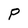
Character: P